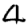
Digit: 4